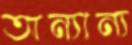
অন্যান্য